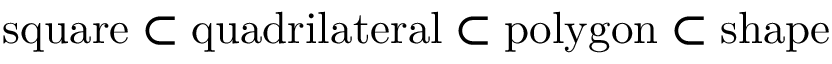
{ \mathrm { s q u a r e } } \subset { \mathrm { q u a d r i l a t e r a l } } \subset { \mathrm { p o l y g o n } } \subset { \mathrm { s h a p e } }